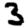
Digit: 3